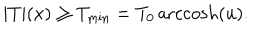
| T | ( x ) \ge T _ { \mathrm { m i n } } = T _ { 0 } \, \mathrm { a r c c o s h } ( u ) .